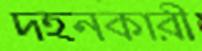
দহনকারী